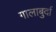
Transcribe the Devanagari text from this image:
गालाबुर्दा